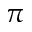
\pi